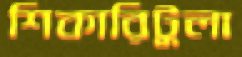
শিকারিটুলা